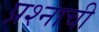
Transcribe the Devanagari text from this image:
प्रश्‍नाची